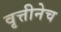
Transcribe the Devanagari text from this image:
वृत्तीनेच